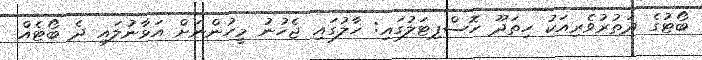
ބޯޓުގެ ދަތުރުވެރިއަކު ހިތަދޫ ހޮސްޕިޓަލުގައި: ހާލުގައި ޖެހުނު މީހުންނަށް އަޅާނުލައި ދެ ބޯޓެއް